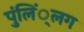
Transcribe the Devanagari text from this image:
पुंलिं्लग